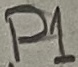
Text: 8